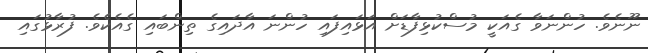
ނޫނެވެ. ހުންނަވާ ގެއަކީ މުސްކުޅިފާޑަށް އަޅައިފައި ހުންނަ އާދައިގެ ތިންބައި ގެއެކެވެ. ފުރާޅުގައި